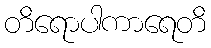
တိရောပါကာရေတိ